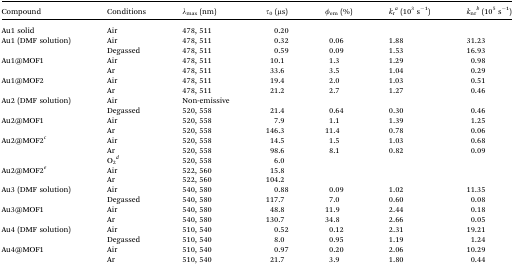
<table><thead><tr><td><b>Compound</b></td><td><b>Conditions</b></td><td><b><i>λ</i><sub>max</sub> (nm)</b></td><td><b><i>τ</i><sub>0</sub> (μs)</b></td><td><b><i>φ</i><sub>em</sub> (%)</b></td><td><b><i>k</i><sub>r</sub><sup><i>a</i></sup> (10<sup>3</sup> s<sup>–1</sup>)</b></td><td><b><i>k</i><sub>nr</sub><sup><i>b</i></sup> (10<sup>5</sup> s<sup>–1</sup>)</b></td></tr></thead><tbody><tr><td>Au1 solid</td><td>Air</td><td>478, 511</td><td>0.20</td><td></td><td></td><td></td></tr><tr><td rowspan="2">Au1 (DMF solution)</td><td>Air</td><td>478, 511</td><td>0.32</td><td>0.06</td><td>1.88</td><td>31.23</td></tr><tr><td>Degassed</td><td>478, 511</td><td>0.59</td><td>0.09</td><td>1.53</td><td>16.93</td></tr><tr><td rowspan="2">Au1@MOF1</td><td>Air</td><td>478, 511</td><td>10.1</td><td>1.3</td><td>1.29</td><td>0.98</td></tr><tr><td>Ar</td><td>478, 511</td><td>33.6</td><td>3.5</td><td>1.04</td><td>0.29</td></tr><tr><td rowspan="2">Au1@MOF2</td><td>Air</td><td>478, 511</td><td>19.4</td><td>2.0</td><td>1.03</td><td>0.51</td></tr><tr><td>Ar</td><td>478, 511</td><td>21.2</td><td>2.7</td><td>1.27</td><td>0.46</td></tr><tr><td rowspan="2">Au2 (DMF solution)</td><td>Air</td><td>Non-emissive</td><td></td><td></td><td></td><td></td></tr><tr><td>Degassed</td><td>520, 558</td><td>21.4</td><td>0.64</td><td>0.30</td><td>0.46</td></tr><tr><td rowspan="2">Au2@MOF1</td><td>Air</td><td>520, 558</td><td>7.9</td><td>1.1</td><td>1.39</td><td>1.25</td></tr><tr><td>Ar</td><td>520, 558</td><td>146.3</td><td>11.4</td><td>0.78</td><td>0.06</td></tr><tr><td rowspan="3">Au2@MOF2<sup><i>c</i></sup></td><td>Air</td><td>520, 558</td><td>14.5</td><td>1.5</td><td>1.03</td><td>0.68</td></tr><tr><td>Ar</td><td>520, 558</td><td>98.6</td><td>8.1</td><td>0.82</td><td>0.09</td></tr><tr><td>O<sub>2</sub><sup><i>d</i></sup></td><td>520, 558</td><td>6.0</td><td></td><td></td><td></td></tr><tr><td rowspan="2">Au2@MOF2<sup><i>e</i></sup></td><td>Air</td><td>522, 560</td><td>15.8</td><td></td><td></td><td></td></tr><tr><td>Ar</td><td>522, 560</td><td>104.2</td><td></td><td></td><td></td></tr><tr><td rowspan="2">Au3 (DMF solution)</td><td>Air</td><td>540, 580</td><td>0.88</td><td>0.09</td><td>1.02</td><td>11.35</td></tr><tr><td>Degassed</td><td>540, 580</td><td>117.7</td><td>7.0</td><td>0.60</td><td>0.08</td></tr><tr><td rowspan="2">Au3@MOF1</td><td>Air</td><td>540, 580</td><td>48.8</td><td>11.9</td><td>2.44</td><td>0.18</td></tr><tr><td>Ar</td><td>540, 580</td><td>130.7</td><td>34.8</td><td>2.66</td><td>0.05</td></tr><tr><td rowspan="2">Au4 (DMF solution)</td><td>Air</td><td>510, 540</td><td>0.52</td><td>0.12</td><td>2.31</td><td>19.21</td></tr><tr><td>Degassed</td><td>510, 540</td><td>8.0</td><td>0.95</td><td>1.19</td><td>1.24</td></tr><tr><td rowspan="2">Au4@MOF1</td><td>Air</td><td>510, 540</td><td>0.97</td><td>0.20</td><td>2.06</td><td>10.29</td></tr><tr><td>Ar</td><td>510, 540</td><td>21.7</td><td>3.9</td><td>1.80</td><td>0.44</td></tr></tbody></table>